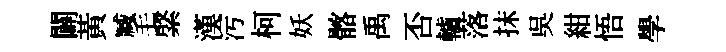
闢黃臧毛綮漢汚柯妖髂禹否轤落抹吳紺悟學